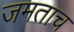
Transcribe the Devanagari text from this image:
जमताच